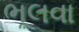
ભૂલવા